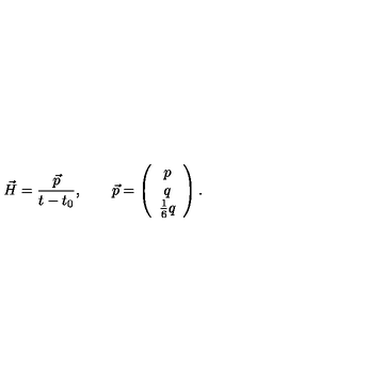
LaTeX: \vec { H } = \frac { \vec { p } } { t - t _ { 0 } } , \qquad \vec { p } = \left( \begin{array} { c } { p } \\ { q } \\ { \frac { 1 } { 6 } q } \\ \end{array} \right) .